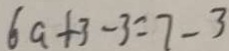
6 a + 3 - 3 = 7 - 3